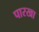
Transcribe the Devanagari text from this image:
पारखा